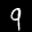
Label: 9